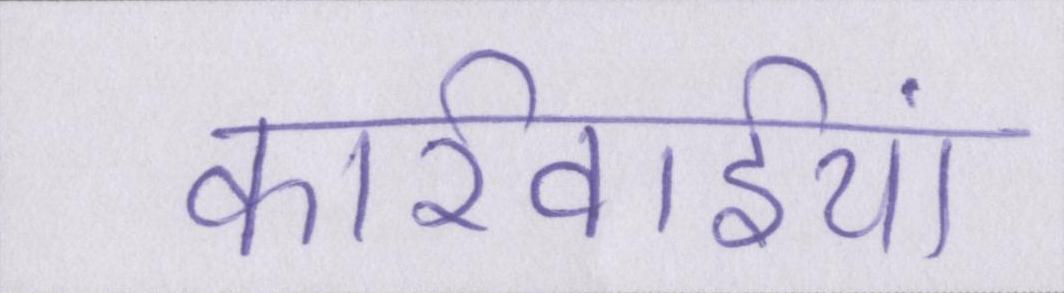
कार्रवाईयां